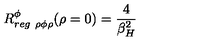
R _ { r e g \ \rho \phi \rho } ^ { \phi } ( \rho = 0 ) = { \frac { 4 } { \beta _ { H } ^ { 2 } } }